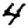
Digit: 4